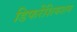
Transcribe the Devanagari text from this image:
डिफरेंशियशन